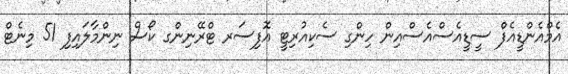
އެމްއެންޑީއެފް ސީޑީއެސްއެސްއިން ހިންގި ސެކިއުރިޓީ އޮފިސަރ ޓްރޭނިންގ ކޯސް ނިންމާލައިފި 51 މިނެޓް